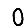
Digit: 0